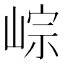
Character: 𡸶